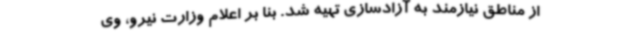
از مناطق نیازمند به آزادسازی تهیه شد. بنا بر اعلام وزارت نیرو، وی